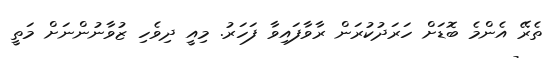
ތެރޭ އެންމެ ބޮޑަށް ހަރަދުކުރަން ރާވާފައިވާ ފަހަރު. މިއީ ދިވެހި ޒުވާނުންނަށް މަތީ